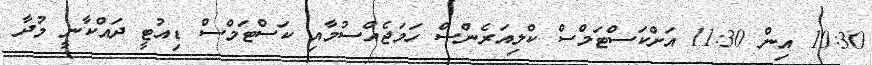
10:30 އިން 11:30 އަށްކަސްޓަމްސް ކްލިއަރެންސް ހަމަޖެއްސުމާއި ކަސްޓަމްސް ޑިއުޓީ ދައްކާނީ މުދާ